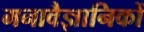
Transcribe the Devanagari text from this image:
मनावैज्ञानिकों